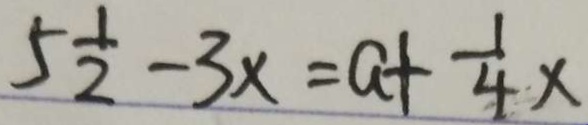
5 \frac { 1 } { 2 } - 3 x = a + \frac { 1 } { 4 } x